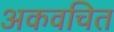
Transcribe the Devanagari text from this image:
अकवचित